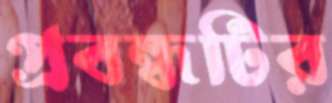
প্রবন্ধটির